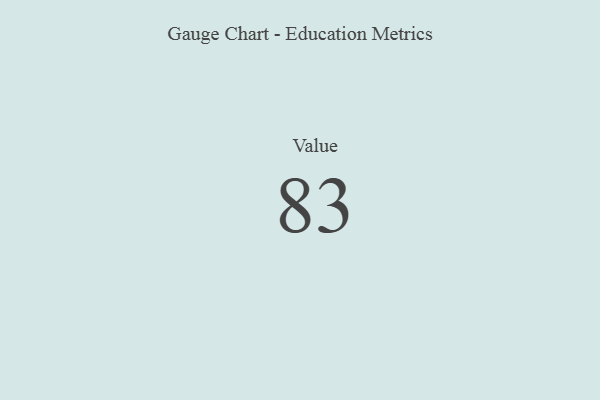
{"axis": {"x": "Metric", "y": "Value"}, "legend": [""], "data": [{"x": "Value", "y": 83, "type": ""}]}